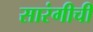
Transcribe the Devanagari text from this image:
सारंगीची